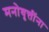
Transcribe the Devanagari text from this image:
मनोवृत्तींना